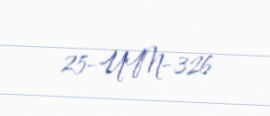
25-UM-326